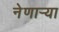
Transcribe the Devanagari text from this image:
नेणाऱ्‍या